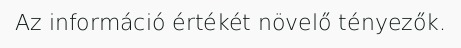
Az információ értékét növelő tényezők.